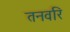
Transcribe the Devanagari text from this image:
तनवरि